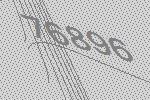
76896